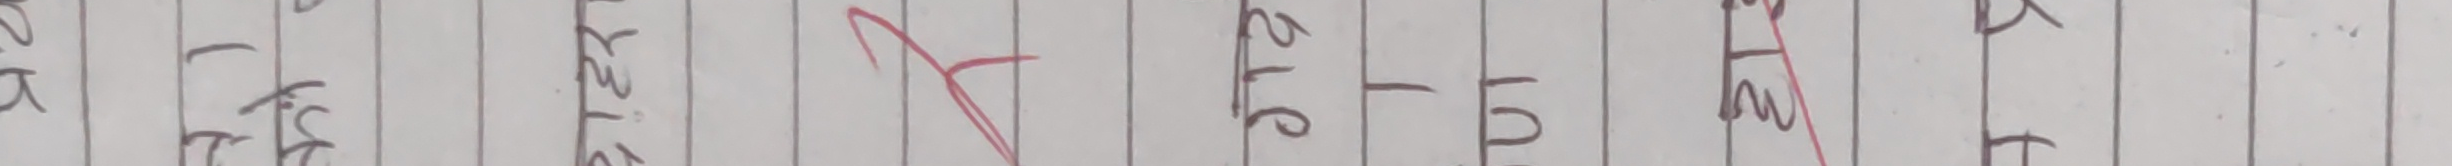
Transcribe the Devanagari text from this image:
देखे १९ ७५ बढी